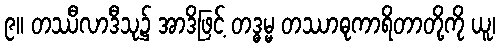
၉။ တဿီလာဒီသု၌ အာဒိဖြင့် တဒ္ဓမ္မ တဿာဓုကာရိတာတို့ကို ယူ၊